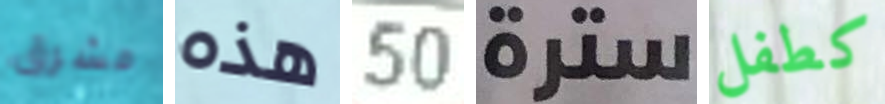
مشرق هذه 50 سترة كطفل